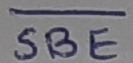
Text: SBE